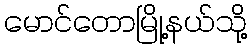
မောင်တောမြို့နယ်သို့